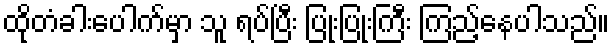
ထိုတံခါးပေါက်မှာ သူ ရပ်ပြီး ပြုံးပြုံးကြီး ကြည့်နေပါသည်။